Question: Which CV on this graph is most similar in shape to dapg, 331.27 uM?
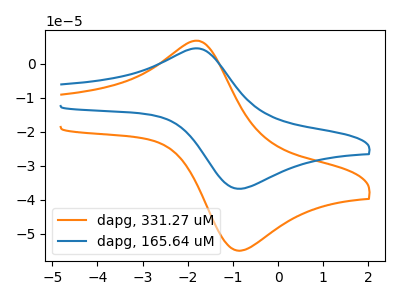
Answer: <think>The orange curve "dapg, 331.27 uM" has an anodic peak at (-1.80V, 6.80uA) and a cathodic peak at (-0.75V, -54.80uA). The blue curve "dapg, 165.64 uM" has an anodic peak at (-1.80V, 4.55uA) and a cathodic peak at (-0.75V, -36.65uA).
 All the peaks in "dapg, 331.27 uM" have a peak in "dapg, 165.64 uM" at the same potential. Every peak in "dapg, 331.27 uM" is higher than every peak in "dapg, 165.64 uM".</think>
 <answer>The CV with the most similar shape to "dapg, 165.64 uM" is "dapg, 331.27 uM".</answer>
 <eval>"dapg, 331.27 uM"</eval>